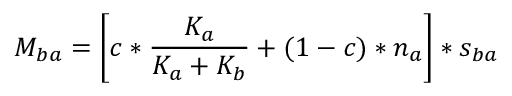
M _ { b a } = \left[ c * \frac { K _ { a } } { K _ { a } + K _ { b } } + ( 1 - c ) * n _ { a } \right] * s _ { b a }